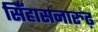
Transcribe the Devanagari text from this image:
सिँहासनारुढ़